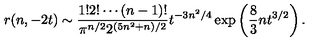
r ( n , - 2 t ) \sim { \frac { 1 ! 2 ! \cdots ( n - 1 ) ! } { \pi ^ { n / 2 } 2 ^ { ( 5 n ^ { 2 } + n ) / 2 } } } t ^ { - 3 n ^ { 2 } / 4 } \exp \left( { \frac { 8 } { 3 } } n t ^ { 3 / 2 } \right) .